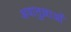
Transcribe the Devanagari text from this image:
अयातुल्लाओं